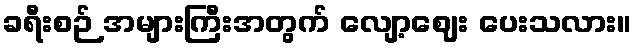
ခရီးစဉ် အများကြီးအတွက် လျော့ဈေး ပေးသလား။